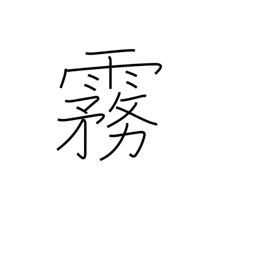
Meaning: mist